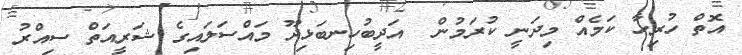
އޮތް ހުރިހާ ކަމެއް މިދަނީ ކުރަމުން  އަދީބުހިނބަޅިދޫ މައްސަލައިގެ ޝަރީއަތް ސިއްރު